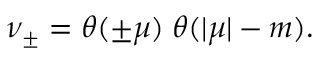
\nu _ { \pm } = \theta ( \pm \mu ) \; \theta ( | \mu | - m ) .